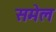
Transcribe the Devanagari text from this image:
समेल